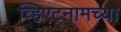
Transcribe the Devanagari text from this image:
व्हिएटनामच्या